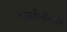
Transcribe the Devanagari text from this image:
व्लाडीवोस्तक